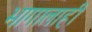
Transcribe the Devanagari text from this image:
भागालाही